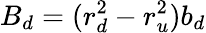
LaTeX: B_{d}=(r_{d}^{2}-r_{u}^{2})b_{d}